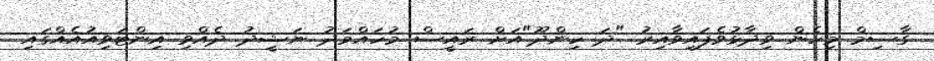
ގާސިމް މިހެން ވިދާޅުވެފައިވާއިރު "ދަ ހިންދޫ"އަށް ރައީސް މުހައްމަދު ނަޝީދު ދެއްވި އިންޓަވިއުއެއްގައި